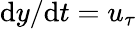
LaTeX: \mathrm{{d}}y/\mathrm{{d}}t=u_{\tau}